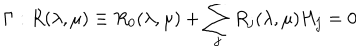
LaTeX: \Gamma : R ( \lambda , \mu ) \equiv R _ { 0 } ( \lambda , \mu ) + \sum _ { j } R _ { j } ( \lambda , \mu ) H _ { j } = 0